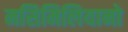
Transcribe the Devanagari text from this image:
मसिमिलियानो